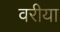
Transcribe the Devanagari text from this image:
वरीया